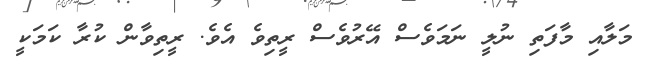
މަލާއި މާފަތި ނުލީ ނަމަވެސް އޭރުވެސް ރީތިވެ އެވެ. ރީތިވާން ކުރާ ކަމަކީ